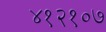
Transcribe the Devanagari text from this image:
४१२१०७